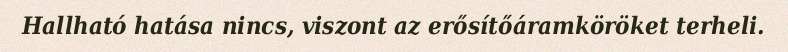
Hallható hatása nincs, viszont az erősítőáramköröket terheli.